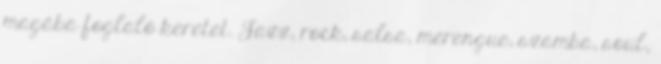
magába foglaló keretet. Jazz, rock, salsa, merengue, szamba, soul,